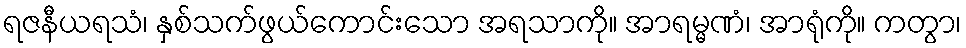
ရဇနီယရသံ၊ နှစ်သက်ဖွယ်ကောင်းသော အရသာကို။ အာရမ္မဏံ၊ အာရုံကို။ ကတွာ၊